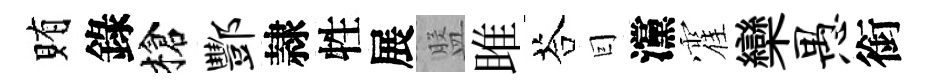
賄錄槍酆隷牲展盤雎荅囙灙霍欒愚銜